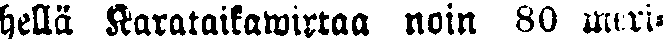
hellä Karataikawirtaa noin 80 meri-